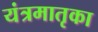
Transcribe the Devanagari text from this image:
यंत्रमातृका